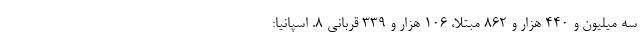
سه میلیون و ۴۴۰ هزار و ۸۶۲ مبتلا، ۱۰۶ هزار و ۳۳۹ قربانی ۸. اسپانیا: